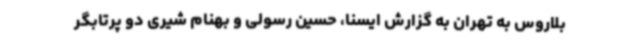
بلاروس به تهران به گزارش ایسنا، حسین رسولی و بهنام شیری دو پرتابگر